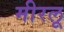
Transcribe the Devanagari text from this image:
मीरलू